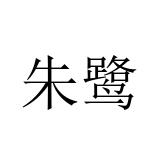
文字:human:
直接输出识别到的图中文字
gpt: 朱鹭